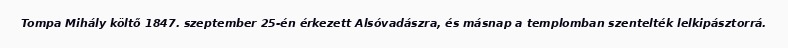
Tompa Mihály költő 1847. szeptember 25-én érkezett Alsóvadászra, és másnap a templomban szentelték lelkipásztorrá.